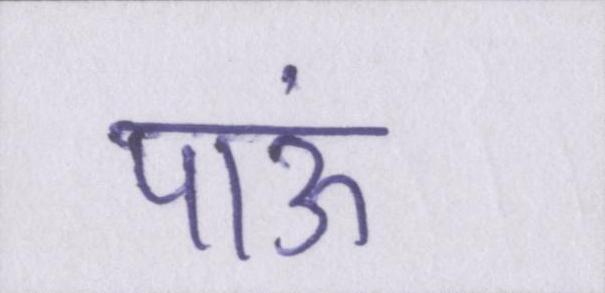
पाऊं